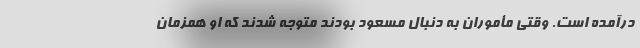
درآمده است. وقتی مأموران به دنبال مسعود بودند متوجه شدند که او همزمان